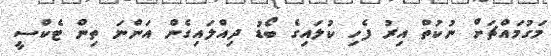
މަގުމައްޗަށް ނުކުތް އިރު ފެހި ކުލައިގެ ބޯޑު ދިއްލައިގެން އަންނަ ތިން ޓެކްސީ